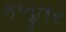
કબૂતર